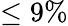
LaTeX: \leq 9\%